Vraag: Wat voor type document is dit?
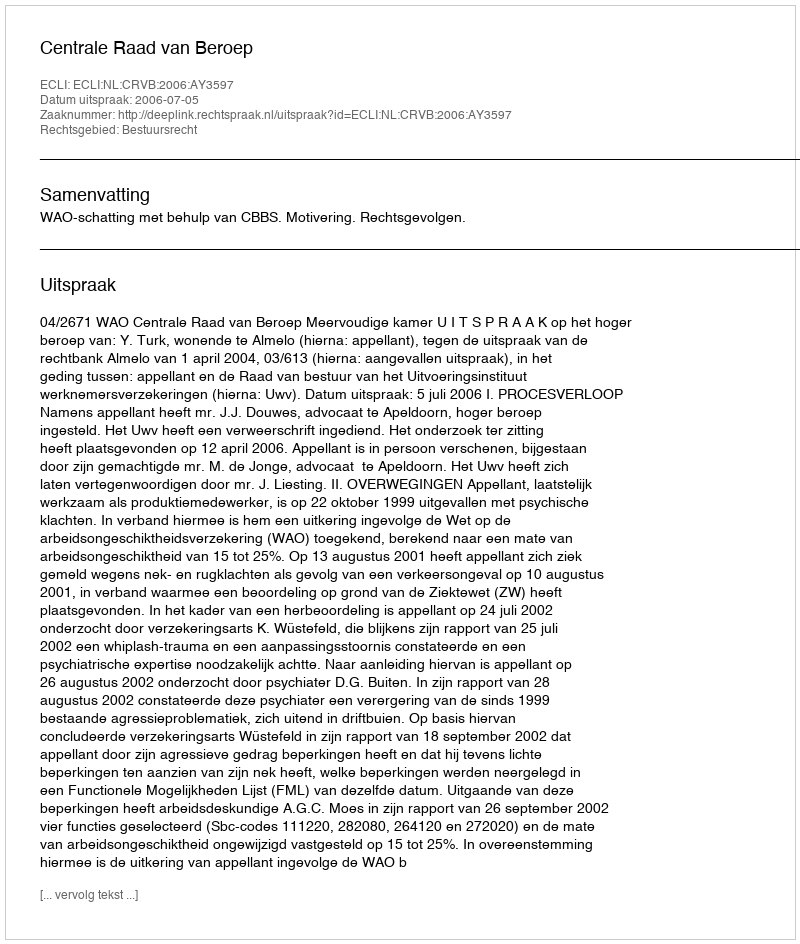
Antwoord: Uitspraak